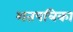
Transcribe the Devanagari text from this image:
शतपत्रिका